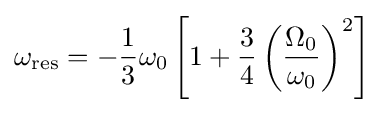
\omega _{\mathrm {res} }=-{\frac {1}{3}}\omega _{0}\left[1+{\frac {3}{4}}\left({\frac {\Omega _{0}}{\omega _{0}}}\right)^{2}\right]